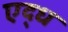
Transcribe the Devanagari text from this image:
एद्ध